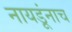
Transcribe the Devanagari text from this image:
नायडूंनाच